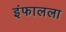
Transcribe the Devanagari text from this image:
इंफालला